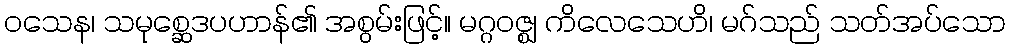
ဝသေန၊ သမုစ္ဆေဒပဟာန်၏ အစွမ်းဖြင့်။ မဂ္ဂဝဇ္ဈ ကိလေသေဟိ၊ မဂ်သည် သတ်အပ်သော